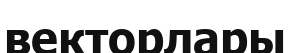
векторлары